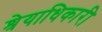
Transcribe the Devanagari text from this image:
श्रेयाधिकारी